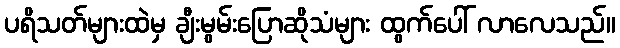
ပရိသတ်များထဲမှ ချီးမွမ်းပြောဆိုသံများ ထွက်ပေါ် လာလေသည်။